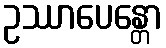
ဥဿာပေန္တော